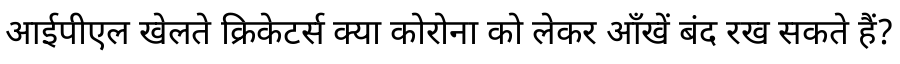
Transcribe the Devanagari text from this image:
आईपीएल खेलते क्रिकेटर्स क्या कोरोना को लेकर आँखें बंद रख सकते हैं?